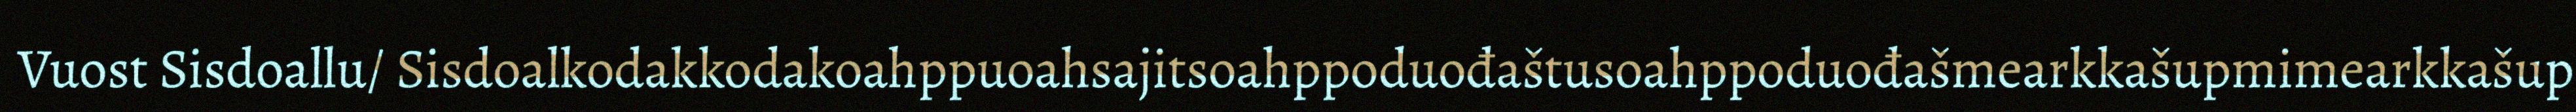
Vuost Sisdoallu/ Sisdoalkodakkodakoahppuoahsajitsoahppoduođaštusoahppoduođašmearkkašupmimearkkašup